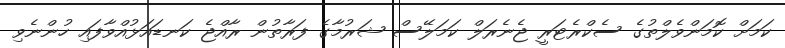
ކަމަށް ކޮމަންވެލްތުގެ ސެކްރެޓަރީ ޖެނެރަލް ކަމަލޭސް ޝަރުމާގެ ފަރާތުން ރާއްޖެ ކަނޑައަޅުއްވާފައި ހުންނެވި